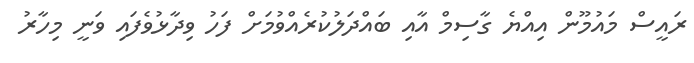
ރައީސް މައުމޫން އިއްޔެ ގާސިމް އާއި ބައްދަލުކުރެއްވުމަށް ފަހު ވިދާޅުވެފައި ވަނީ މިހާރު